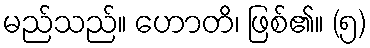
မည်သည်။ ဟောတိ၊ ဖြစ်၏။ (၅)